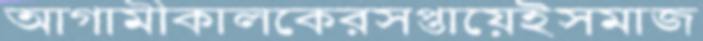
আগামীকালকেরসপ্তায়েইসমাজ